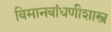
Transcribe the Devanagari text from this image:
विमानबांधणीशास्त्र